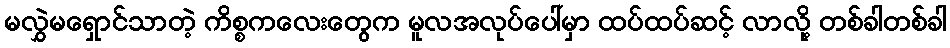
မလွှဲမရှောင်သာတဲ့ ကိစ္စကလေးတွေက မူလအလုပ်ပေါ်မှာ ထပ်ထပ်ဆင့် လာလို့ တစ်ခါတစ်ခါ